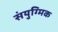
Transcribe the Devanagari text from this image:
संयुग्मिक